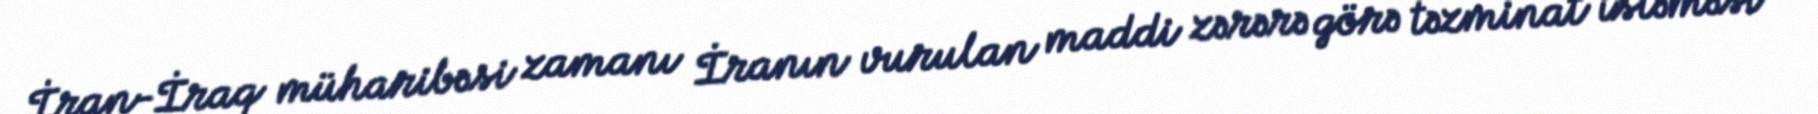
İran-İraq müharibəsi zamanı İranın vurulan maddi zərərə görə təzminat istəməsi